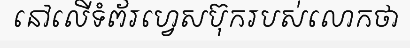
នៅលើទំព័រហ្វេសប៊ុករបស់លោកថា